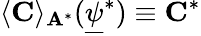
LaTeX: \langle\mathbf{C}\rangle_{\mathbf{A}^{*}}(\underline{{\psi}}^{*})\equiv\mathbf{C}^{*}